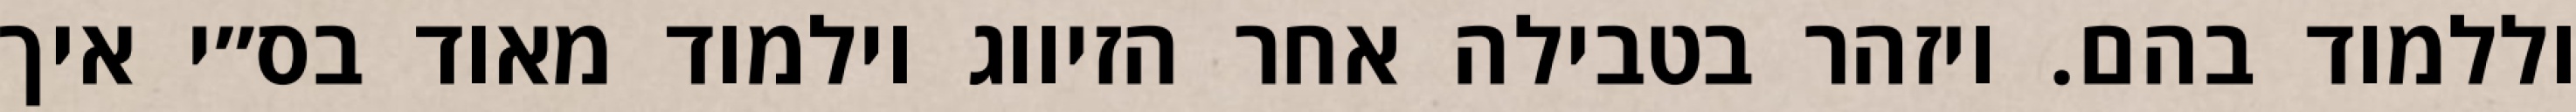
וללמוד בהם. ויזהר בטבילה אחר הזיווג וילמוד מאוד בס״י איך